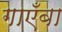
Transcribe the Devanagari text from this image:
गाएँबा